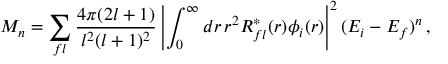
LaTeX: M _ { n } = \sum _ { f l } { \frac { 4 \pi ( 2 l + 1 ) } { l ^ { 2 } ( l + 1 ) ^ { 2 } } } \left| \int _ { 0 } ^ { \infty } d r \, r ^ { 2 } R _ { f l } ^ { * } ( r ) \phi _ { i } ( r ) \right| ^ { 2 } ( E _ { i } - E _ { f } ) ^ { n } \, ,